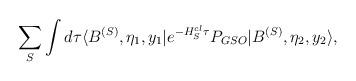
LaTeX: \begin{align*}\sum_S \int d\tau \langle B^{(S)}, \eta_1,y_1|e^{-H_S^{cl} \tau }P_{GSO} |B^{(S)}, \eta_2,y_2\rangle,\end{align*}